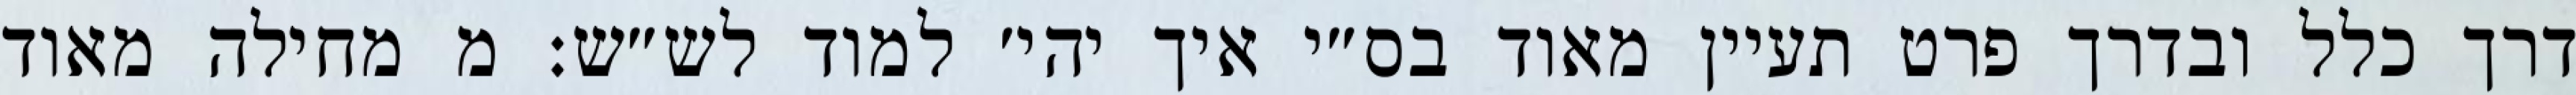
דרך כלל ובדרך פרט תעיין מאוד בס״י איך יהי׳ למוד לש״ש: מ מחילה מאוד